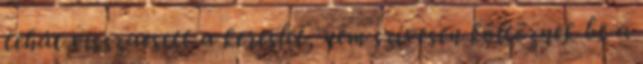
tehát visszaesett a kereslet, nem szívesen költöznek be a